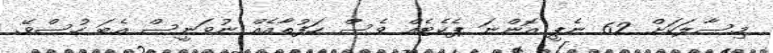
މިސާލަކަށް 62 ނެޕީ އޮންނަ ޕެކެޓެއް ވެސް ހަފުތާއެއް ނުވަނީސް އެބަ ހުސްވޭ.